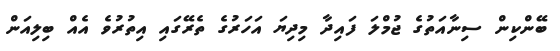
ބޭންކިން ސިނާއަތުގެ ޖުމްލަ ފައިދާ މިދިޔަ އަހަރުގެ ތެރޭގައި އިތުރުވެ އެއް ބިލިއަން